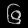
Digit: ၆